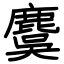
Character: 麌